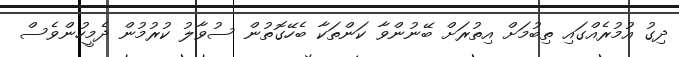
ދިގު އުމުރެއްގައި ތިބުމަށް އިތުރަށް ބޭނުންވާ ކަންތަކާ ބެހޭގޮތުން ސުވާލު ކުރުމުން ދެމީހުންވެސް